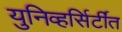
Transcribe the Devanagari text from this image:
युनिव्हर्सिर्टींत